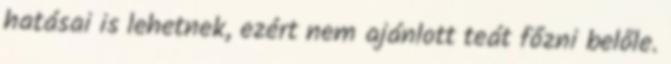
hatásai is lehetnek, ezért nem ajánlott teát főzni belőle.